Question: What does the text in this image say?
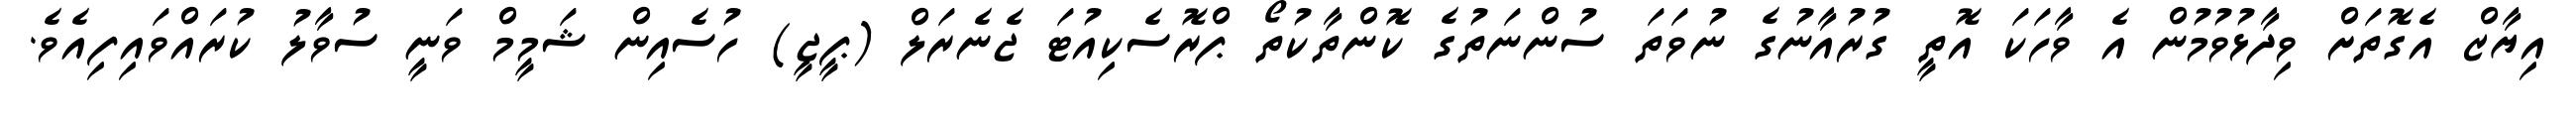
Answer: އިޔާޒް އެގޮތަށް ވިދާޅުވުމުން އެ ވާހަކަ އޮތީ ގުރުއާނުގެ ނުވަތަ ސުންނަތުގެ ކޮންތާކުތޯ ޕްރޮސެކިއުޓަ ޖެނެރަލް (ޕީޖީ) ހުސެއިން ޝަމީމް ވަނީ ސުވާލު ކުރައްވައިފިއެވެ.